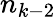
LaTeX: n_{k-2}